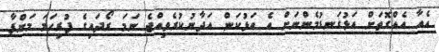
އެއާ އެއްގޮތަށް އަޅުގަނޑުމެންނަށް އެ އަޅުކަން އަދާނުކުރެވިއްޖެ ނަމަ ރޯދައިގެ ފުރިހަމަ މަންފާ